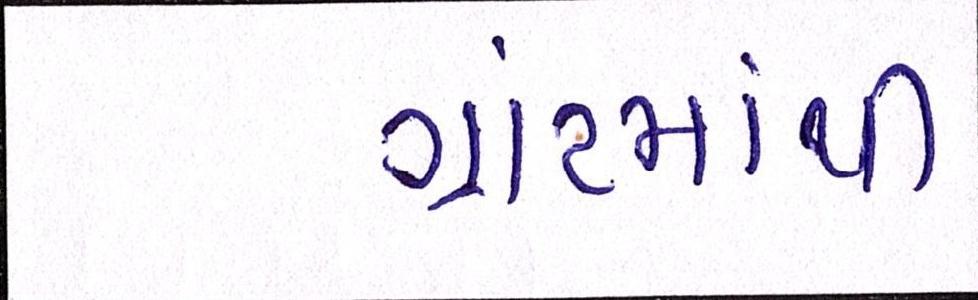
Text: ગ્રાંટમાથી